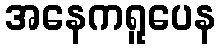
အနေကရူပေန